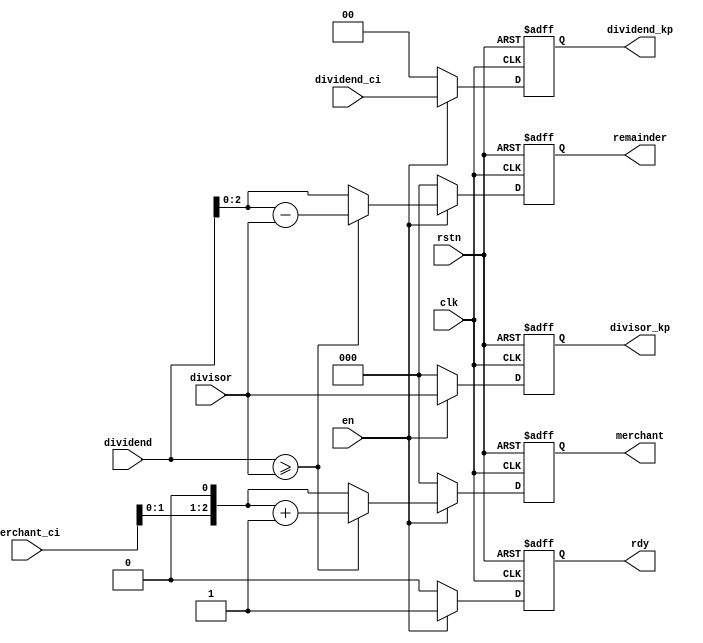
module divider_cell#(parameter
    N = 5,
    M = 3
)(
    input                     clk,
    input                     rstn,
    input                     en,

    input [M:0]               dividend,
    input [M-1:0]             divisor,
    input [N-M:0]             merchant_ci , //
    input [N-M-1:0]           dividend_ci , //

    output reg [N-M-1:0]      dividend_kp,  //
    output reg [M-1:0]        divisor_kp,   //
    output reg                rdy ,
    output reg [N-M:0]        merchant ,  //
    output reg [M-1:0]        remainder   //
    );

    always @(posedge clk or negedge rstn) begin
        if (!rstn) begin
            rdy            <= 'b0 ;
            merchant       <= 'b0 ;
            remainder      <= 'b0 ;
            divisor_kp     <= 'b0 ;
            dividend_kp    <= 'b0 ;
        end
        else if (en) begin
            rdy            <= 1'b1 ;
            divisor_kp     <= divisor ;  //
            dividend_kp    <= dividend_ci ;  //
            if (dividend >= {1'b0, divisor}) begin
                merchant    <= (merchant_ci<<1) + 1'b1 ; //1
                remainder   <= dividend - {1'b0, divisor} ; //
            end
            else begin
                merchant    <= merchant_ci<<1 ;  //0
                remainder   <= dividend ;        //
            end
        end // if (en)
        else begin
            rdy            <= 'b0 ;
            merchant       <= 'b0 ;
            remainder      <= 'b0 ;
            divisor_kp     <= 'b0 ;
            dividend_kp    <= 'b0 ;
        end
    end

endmodule